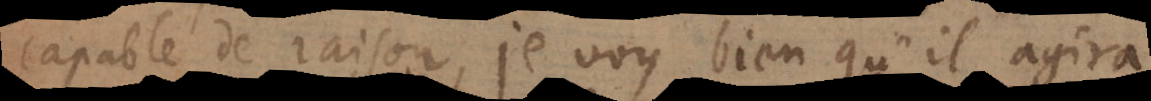
capable de raison, je voy bien qu’il agira